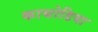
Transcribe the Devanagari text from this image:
काथोडिया